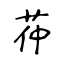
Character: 茽